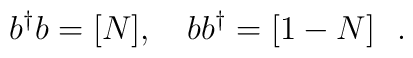
b^{\dag} b = [N], \ \ \  b b^{\dag} = [1-N] \ \ .